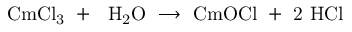
\mathrm { C m C l _ { 3 } \ + \ \ H _ { 2 } O \ \longrightarrow \ C m O C l \ + \ 2 \ H C l }